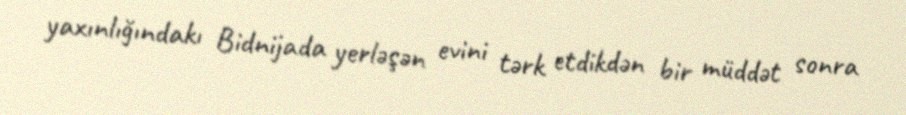
yaxınlığındakı Bidnijada yerləşən evini tərk etdikdən bir müddət sonra